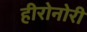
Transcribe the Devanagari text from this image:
हीरोनोरी